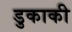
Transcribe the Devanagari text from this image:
डुकाकी